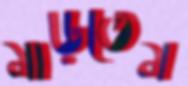
মাড়তেম